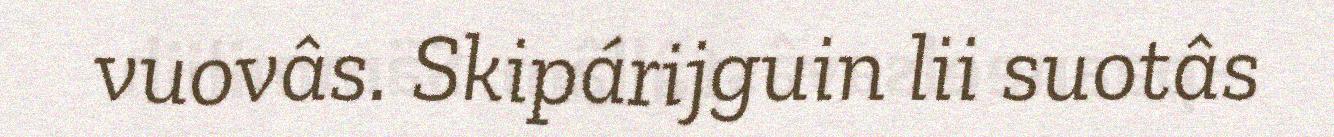
vuovâs. Skipárijguin lii suotâs